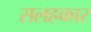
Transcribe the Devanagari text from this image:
सलहकार